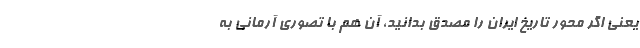
یعنی اگر محور تاریخ ایران را مصدق بدانید، آن هم با تصوری آرمانی به